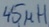
Text: 45µH